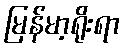
မြန်မာ့ရိုးရာ